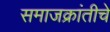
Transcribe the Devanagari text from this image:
समाजक्रांतीचे